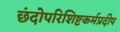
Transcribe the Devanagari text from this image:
छंदोपरिशिष्टकर्मप्रदीप